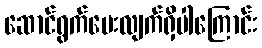
ဆောင်ရွက်ပေးလျက်ရှိပါကြောင်း